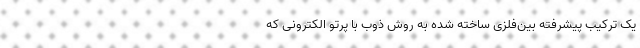
یک ترکیب پیشرفته بین‌فلزی ساخته شده به روش ذوب با پرتو الکترونی که